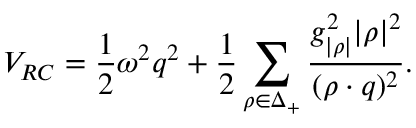
{ \cal V } _ { R C } = { \frac { 1 } { 2 } } \omega ^ { 2 } q ^ { 2 } + { \frac { 1 } { 2 } } \sum _ { \rho \in \Delta _ { + } } { \frac { g _ { | \rho | } ^ { 2 } | \rho | ^ { 2 } } { ( \rho \cdot q ) ^ { 2 } } } .